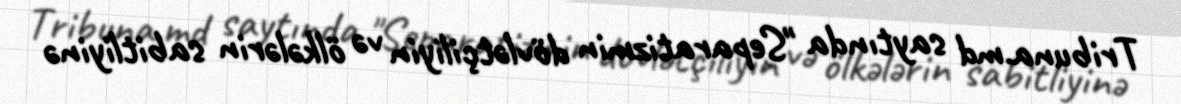
Tribuna.md saytında "Separatizmin dövlətçiliyin və ölkələrin sabitliyinə